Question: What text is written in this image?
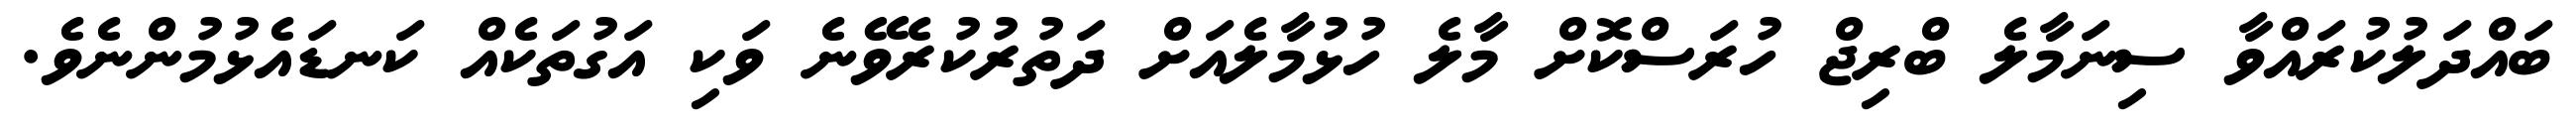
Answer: ބައްދަލުކުރައްވާ ސިނަމާލެ ބްރިޖް ހުރަސްކޮށް މާލެ ހުޅުމާލެއަށް ދަތުރުކުރެވޭނެ ވަކި އަގުތަކެއް ކަނޑައެޅުމުންނެވެ.